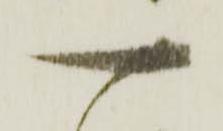
一